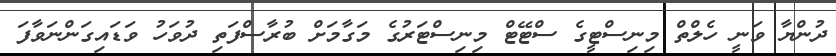
ދުންޔާ ވަނީ ހެލްތް މިނިސްޓީގެ ސްޓޭޓް މިނިސްޓަރުގެ މަގާމަށް ބުރާސްފަތި ދުވަހު ވަޑައިގަންނަވާފަ